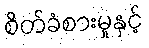
စိတ်ခံစားမှုနှင့်